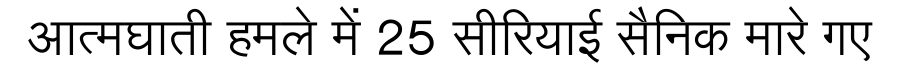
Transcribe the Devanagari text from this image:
आत्मघाती हमले में 25 सीरियाई सैनिक मारे गए